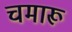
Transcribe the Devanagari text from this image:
चमारू